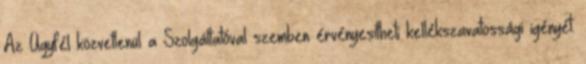
Az Ügyfél közvetlenül a Szolgáltatóval szemben érvényesítheti kellékszavatossági igényét.